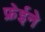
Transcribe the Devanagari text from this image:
फ्रेईने